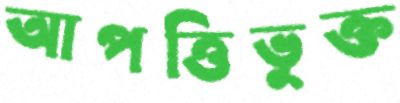
আপত্তিভুক্ত